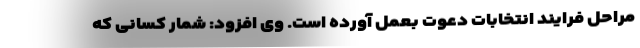
مراحل فرایند انتخابات دعوت بعمل آورده است. وی افزود: شمار کسانی که